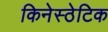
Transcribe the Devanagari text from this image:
किनेस्ठेटिक